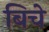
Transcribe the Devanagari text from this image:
बिचे